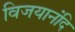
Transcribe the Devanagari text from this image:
विजयानंदि